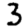
Digit: 3